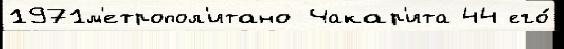
1971м'етропол'итано Чакар'ита 44 его́